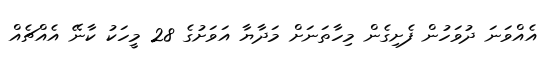
އެއްވަނަ ދުވަހުން ފެށިގެން މިހާތަނަށް މަދާޔާ އަވަށުގެ 28 މީހަކު ކާނޭ އެއްޗެއް